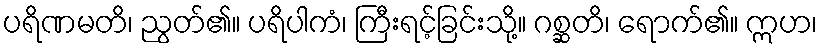
ပရိဏမတိ၊ ညွတ်၏။ ပရိပါကံ၊ ကြီးရင့်ခြင်းသို့။ ဂစ္ဆတိ၊ ရောက်၏။ ဣဟ၊